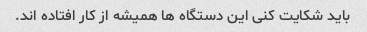
باید شکایت کنی این دستگاه ها همیشه از کار افتاده اند.